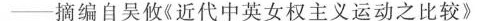
---摘编自吴攸《近代中英女权主义运动之比较》